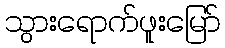
သွားရောက်ဖူးမြော်